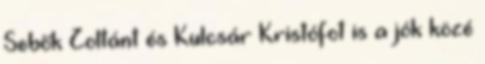
Sebők Zoltánt és Kulcsár Kristófot is a jók közé